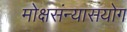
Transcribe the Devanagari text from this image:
मोक्षसंन्यासयोग